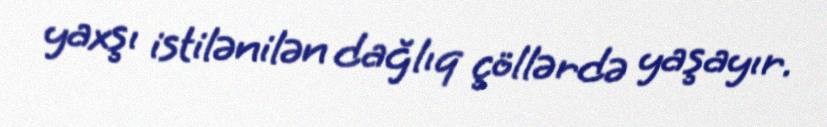
yaxşı istilənilən dağlıq çöllərdə yaşayır.